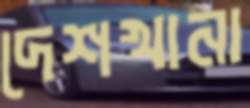
দেশখানা